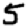
Digit: 5